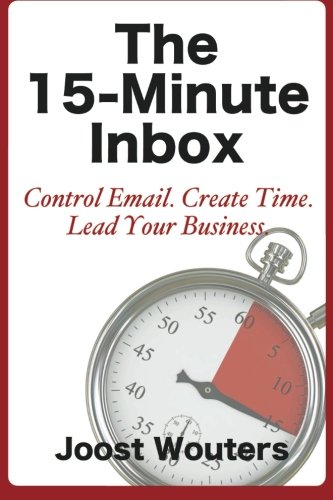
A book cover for The 15-Minute Inbox: Control Email. Create Time. Lead Your Business.; Joost Wouters; Business & Money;